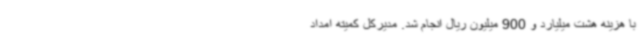
با هزینه هشت میلیارد و 900 میلیون ریال انجام شد. مدیرکل کمیته امداد